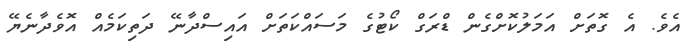
އެވެ. އެ ގޮތަށް އަމަލުކޮށްގެން ޑްރަގް ކޯޓުގެ މަސައްކަތަށް އައިސްދާނޭ ދަތިކަމެއް އޮވެދާނެޔޭ